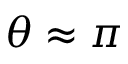
\theta \approx \pi